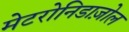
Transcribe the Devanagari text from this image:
मेटरोनिडाज़ोल